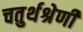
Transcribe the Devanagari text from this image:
चतुर्थश्रेणी